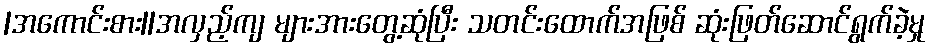
|အကောင်းစား||အလှည့်ကျ များအားတွေ့ဆုံပြီး သတင်းထောက်အဖြစ် ဆုံးဖြတ်ဆောင်ရွက်ခဲ့မှု